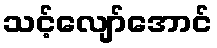
သင့်လျော်အောင်